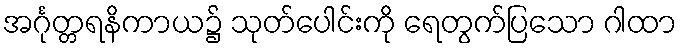
အင်္ဂုတ္တရနိကာယ၌ သုတ်ပေါင်းကို ရေတွက်ပြသော ဂါထာ